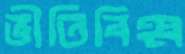
ভীতিবিহ্ব